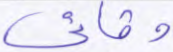
وقائي